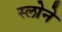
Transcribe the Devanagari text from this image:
स्‍लोने